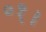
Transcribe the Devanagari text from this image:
०१।